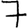
Digit: 7